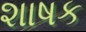
શાષક